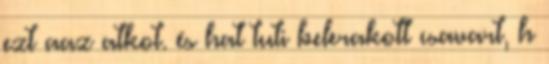
ezt aaz atkot. és hat tuti belerakott csavart, h